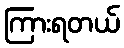
ကြားရတယ်